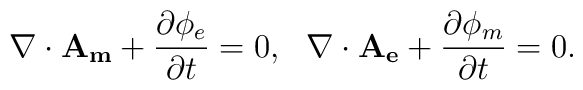
\nabla\cdot\mathbf{A_m}+\frac{\partial\phi_e}{\partial t}=0,~~\nabla\cdot\mathbf{A_e}+\frac{\partial\phi_m}{\partial t}=0.